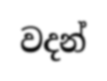
වදන්